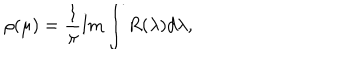
LaTeX: \rho ( \mu ) = \frac { 1 } { \pi } \mathrm { I m } \int R ( \lambda ) d \lambda ,